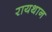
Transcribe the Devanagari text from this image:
रायथान